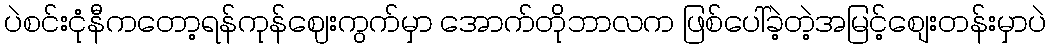
ပဲစင်းငုံနီကတော့ရန်ကုန်ဈေးကွက်မှာ အောက်တိုဘာလက ဖြစ်ပေါ်ခဲ့တဲ့အမြင့်စျေးတန်းမှာပဲ